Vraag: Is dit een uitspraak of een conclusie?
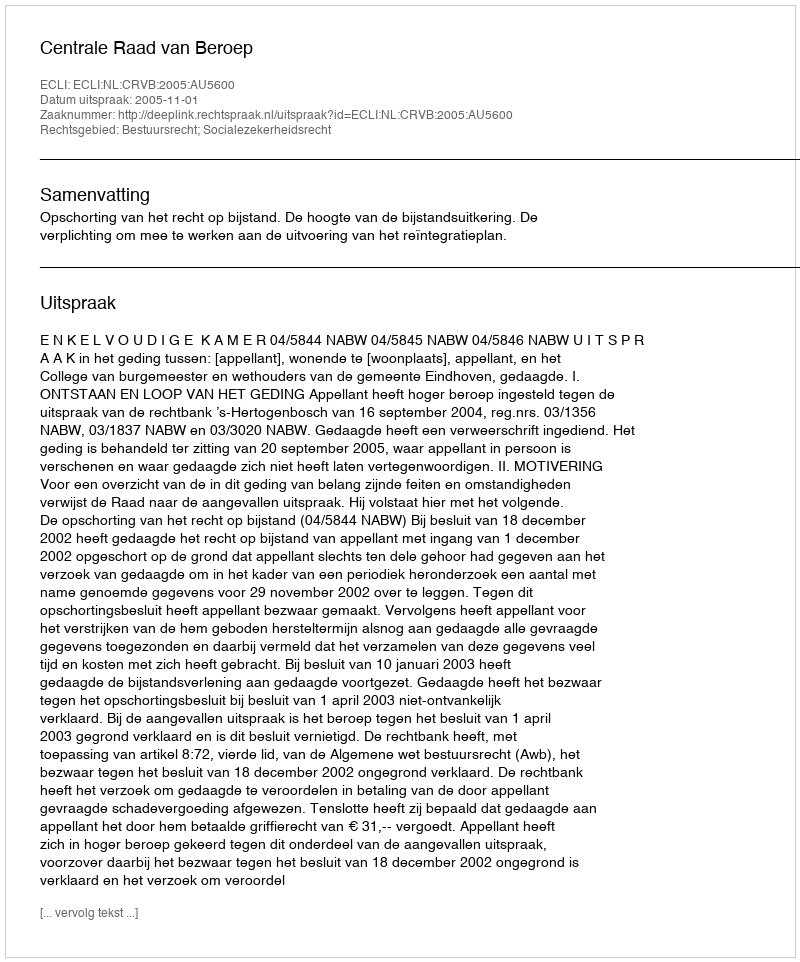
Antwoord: Uitspraak